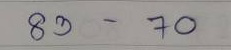
83 - 70